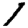
Digit: 1